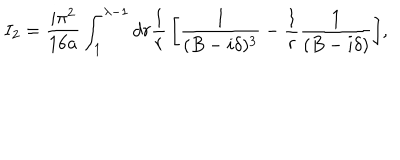
I _ { 2 } = { \frac { i \pi ^ { 2 } } { 1 6 a } } \int _ { 1 } ^ { \lambda - 1 } { d r { \frac { 1 } { r } } \left[ { \frac { 1 } { ( B - i \delta ) ^ { 3 } } } - { \frac { 1 } { r } } { \frac { 1 } { ( B - i \delta ) } } \right] } ,